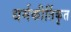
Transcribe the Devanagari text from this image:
धर्मकीर्तिकृत